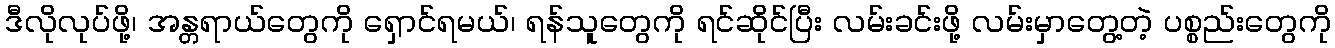
ဒီလိုလုပ်ဖို့၊ အန္တရာယ်တွေကို ရှောင်ရမယ်၊ ရန်သူတွေကို ရင်ဆိုင်ပြီး လမ်းခင်းဖို့ လမ်းမှာတွေ့တဲ့ ပစ္စည်းတွေကို